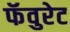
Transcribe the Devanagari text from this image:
फॅवुरेट